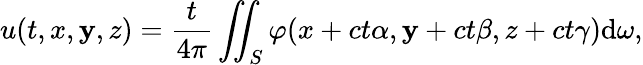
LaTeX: u(t,x,\mathbf{y},z)={\frac{{t}}{{4\pi}}}\iint_{S}\varphi(x+ct\alpha,\mathbf{y}+ct\beta,z+ct\gamma)\mathrm{{d}}\omega,